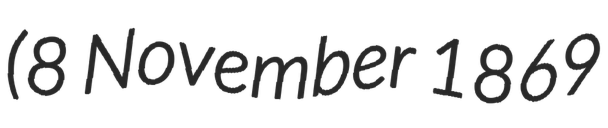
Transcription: (8 November 1869